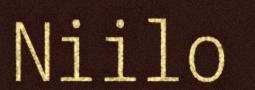
Niilo